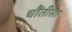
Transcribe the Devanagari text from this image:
चौंतीसा